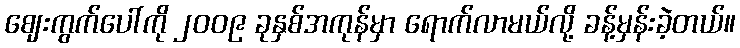
ဈေးကွက်ပေါ်ကို ၂၀၀၉ ခုနှစ်အကုန်မှာ ရောက်လာမယ်လို့ ခန့်မှန်းခဲ့တယ်။